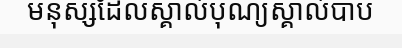
មនុស្សដែលស្គាល់បុណ្យស្គាល់បាប